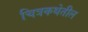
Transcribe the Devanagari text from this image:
चित्रकथेतील